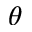
\theta